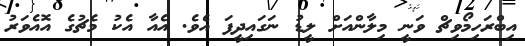
އިބްރަހިމޯވިޗް ވަނީ މިލާންއަށް ލީޑު ނަގައިދީފަ އެވެ. އެއާ އެކު މެޗުގެ އޮއެވަރު